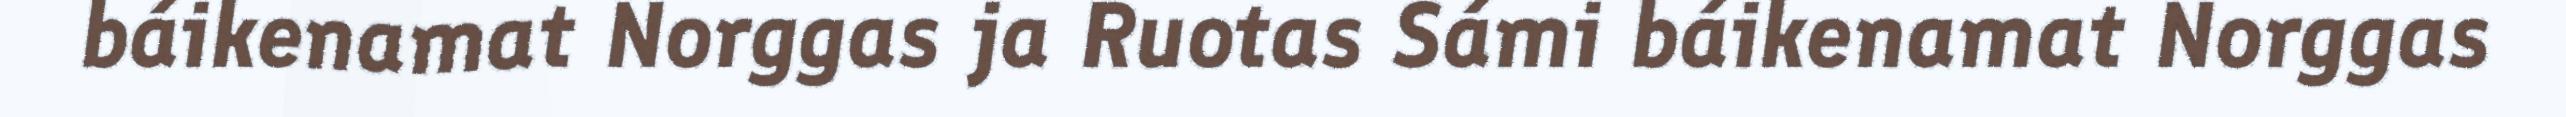
báikenamat Norggas ja Ruotas Sámi báikenamat Norggas